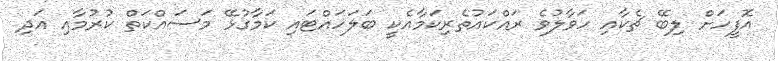
އޮފީހަށް ލިބޭ ޗެކާއި ހަވާލުވެ ރައްކައުތެރިކަމާއެކީ ބަލަހައްޓައި ކަމާގުޅޭ މަސައްކަތް ކުރުމާއި އަދި